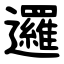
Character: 邏